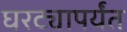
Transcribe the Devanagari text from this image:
घरट्यापर्यंत